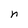
Character: n